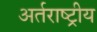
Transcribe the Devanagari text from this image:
अर्तराष्ट्रीय